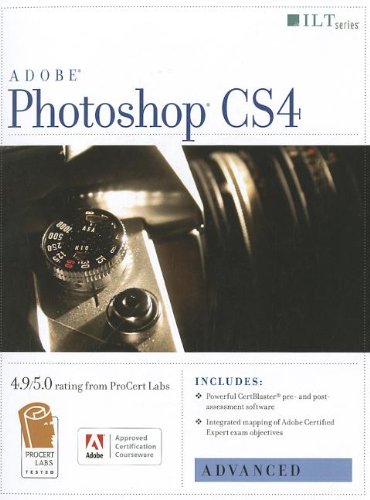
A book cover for Photoshop Cs4: Advanced, Ace Edition + Certblaster (ILT); Computers & Technology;